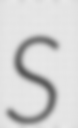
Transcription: S